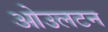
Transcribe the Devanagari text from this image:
ओउलटन